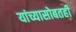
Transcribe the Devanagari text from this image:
यांच्यासोबतही